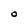
Character: O